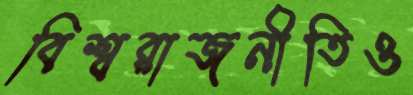
বিশ্বরাজনীতিও